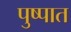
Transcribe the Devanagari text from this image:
पुष्पात